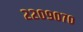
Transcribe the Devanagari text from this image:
२२०९०७०